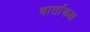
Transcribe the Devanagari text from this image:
वार्ताकक्ष